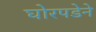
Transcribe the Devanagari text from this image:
घोरपडेने